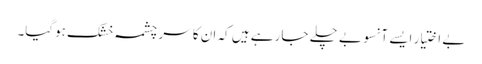
بے اختیار ایسے آنسو بے چلے جا رہے ہیں کہ ان کا سر چشمہ خشک ہوگیا۔